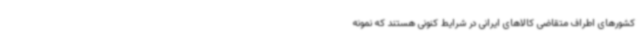
کشورهای اطراف متقاضی کالاهای ایرانی در شرایط کنونی هستند که نمونه